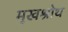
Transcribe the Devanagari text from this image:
मुखश्रोथ